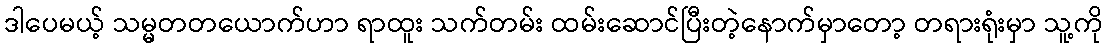
ဒါပေမယ့် သမ္မတတယောက်ဟာ ရာထူး သက်တမ်း ထမ်းဆောင်ပြီးတဲ့နောက်မှာတော့ တရားရုံးမှာ သူ့ကို